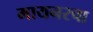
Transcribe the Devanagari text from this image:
मायनरचा